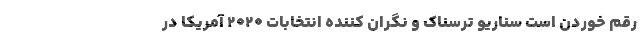
رقم خوردن است سناریو ترسناک و نگران کننده انتخابات ۲۰۲۰ آمریکا در